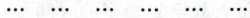
… … … … … …